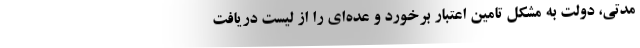
مدتی، دولت به مشکل تامین اعتبار برخورد و عده‌ای را از لیست دریافت